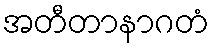
အတီတာနာဂတံ